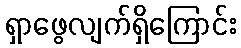
ရှာဖွေလျက်ရှိကြောင်း